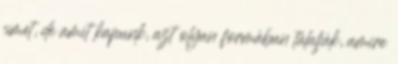
címet, de amit kapunk, azt olyan formában tálalják, amire